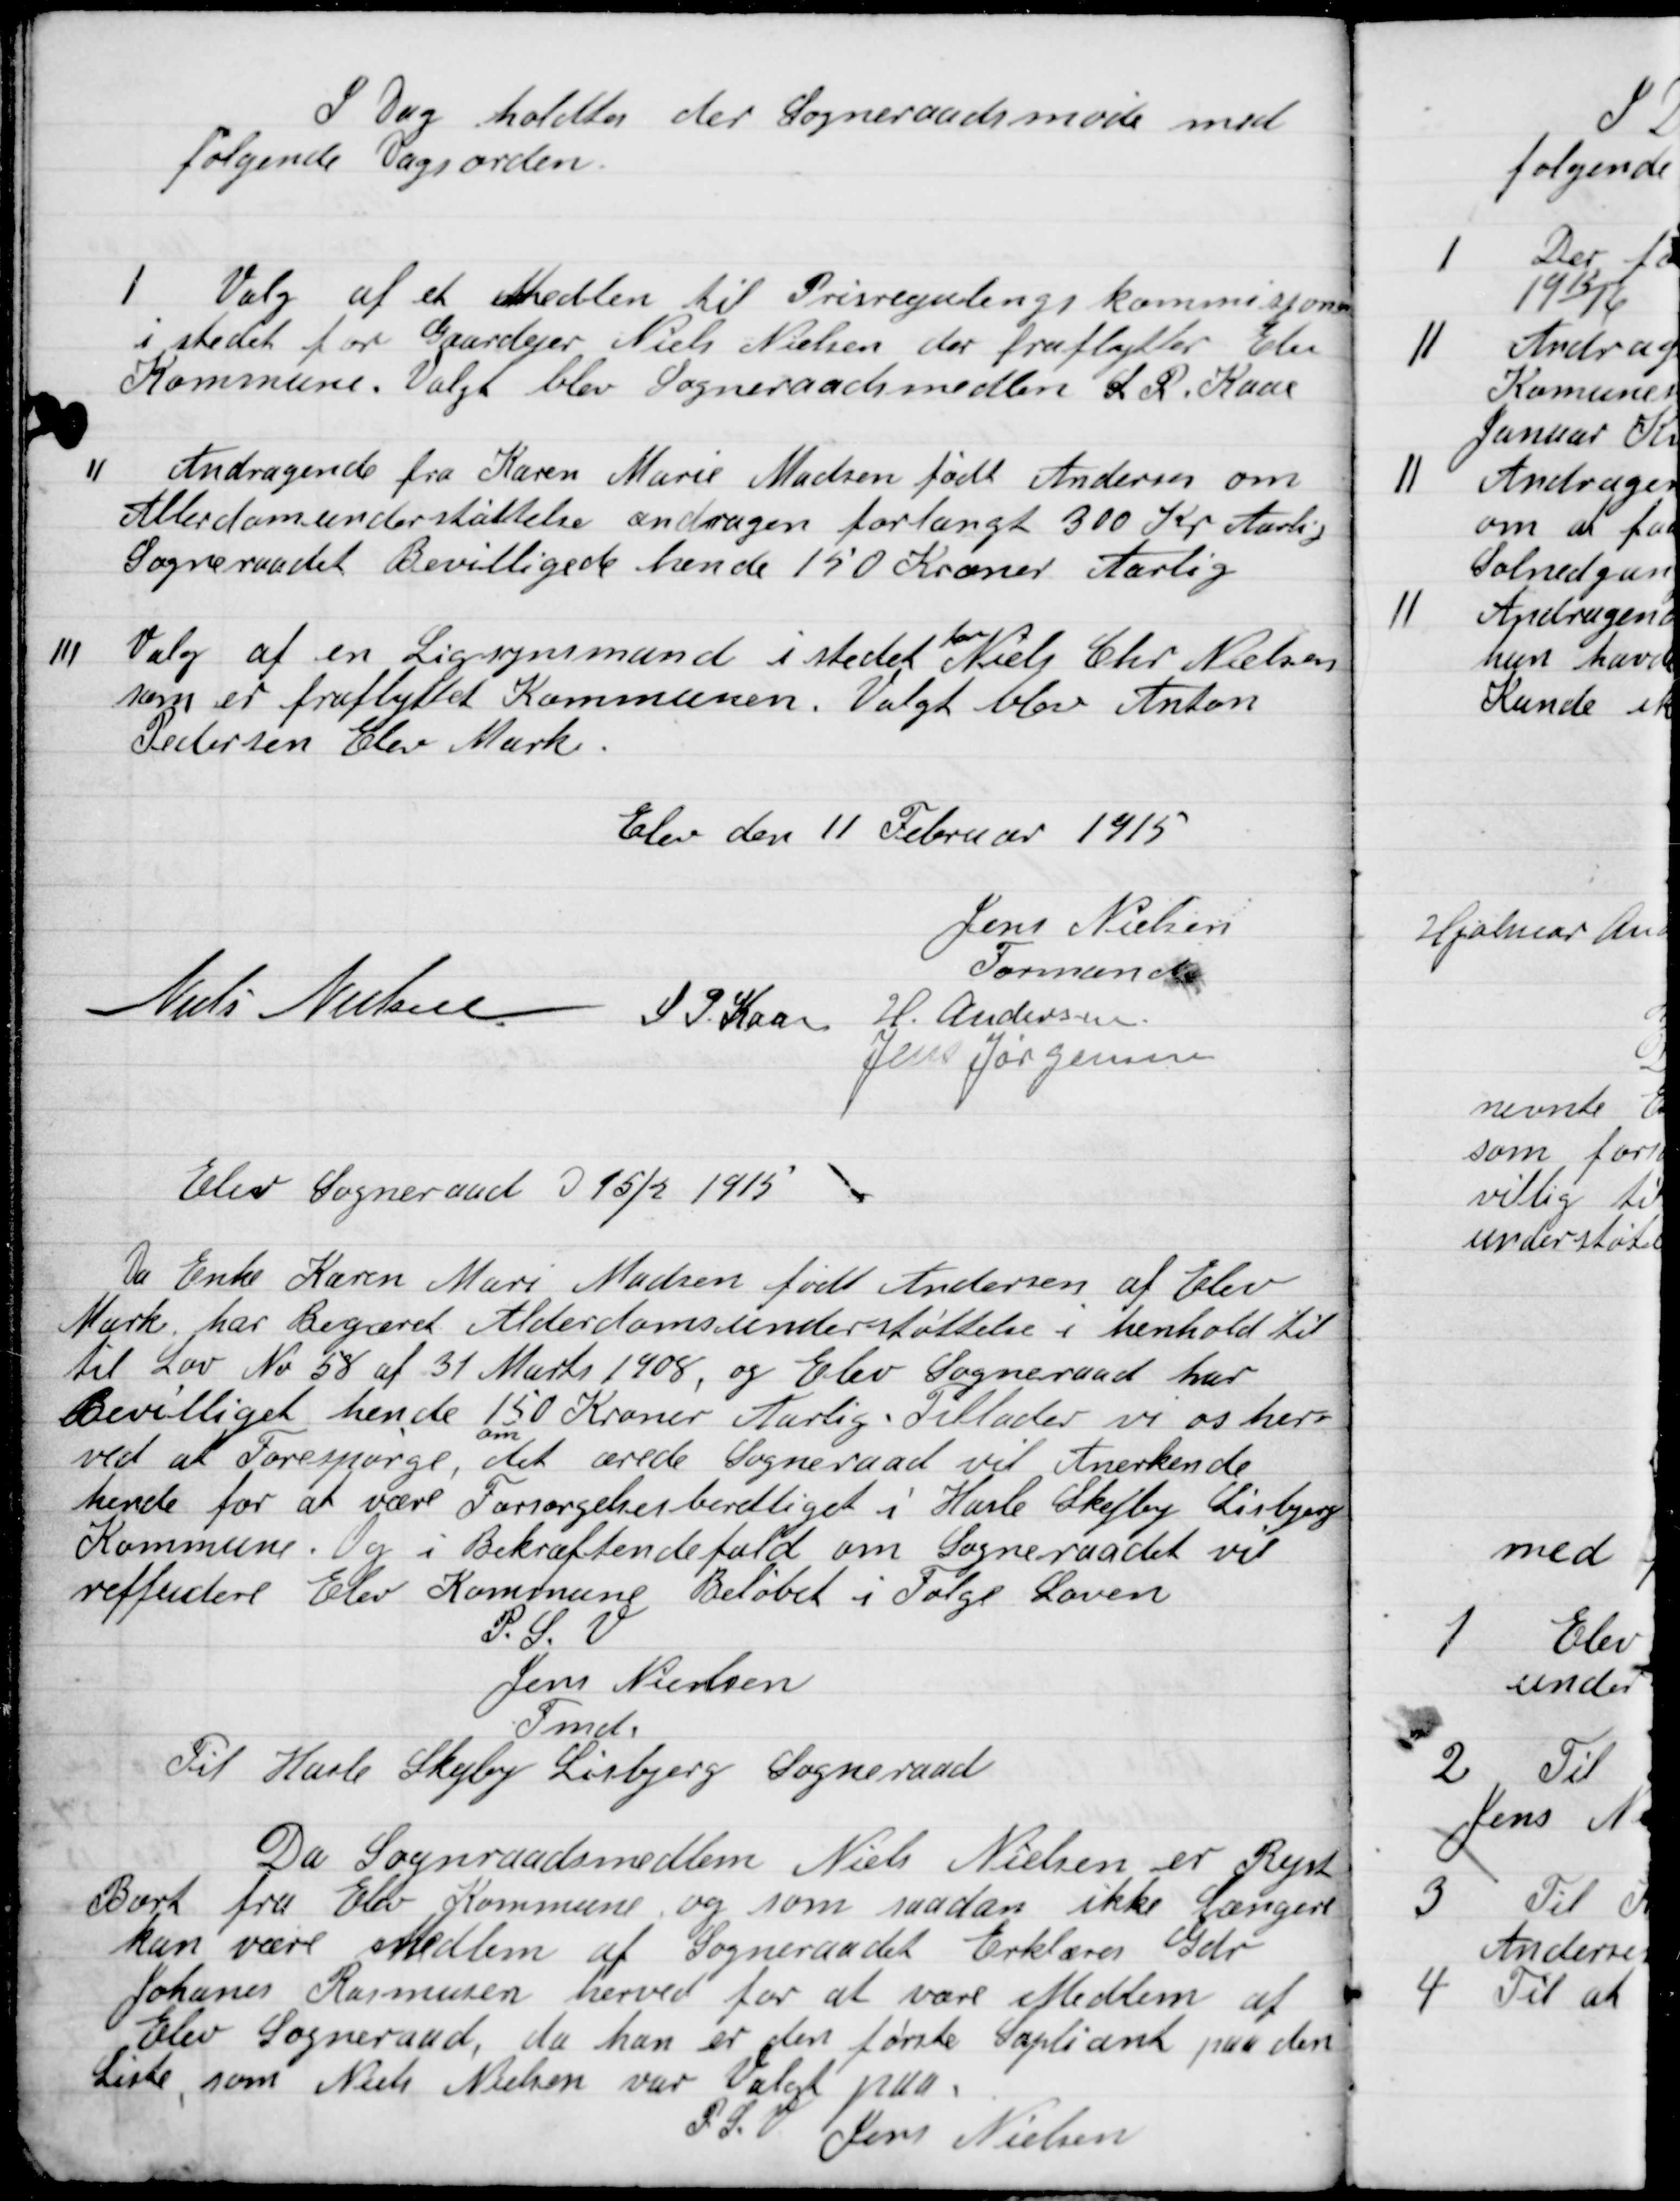
Transskription:
I Dag afholdes der Sogneraadsmøde med
følgende Dagsorden

I

Valg af et Medlem til Prisregulering kommissionen
I stedet for Gaardejer Niels Nielsen der fraflytter Elev
Kommunen. Valgt blev Sogneraadsmedlem L. R. Kaas

II

Andragende fra Karen Marie Madsen født Andersen om
Alderdomsunderstøttelse andragen forlangt 300 Kr. Aarlig
Sogneraadet Bevilgedes hende 150 Kroner Aarlig

III

Valg af en Ligsynsmand i stedet
for
Niels Chr. Nielsen
som er fraflyttet Kommunen. Valget blev Anton
Pedersen Elev Mark.

Elev den 11 Februar 1915

Jens Nielsen
Formand
Jens Nielsen
S.P. Kaas
H. Andersen
Jens Jørgensen

Elev Sogneraad D. 15/2 1915
Da Enke Karen Marie Madsen født Andersen af Elev
Mark har Begæred Alderdomsunderstøttelse i henhold til
til Lov No. 58 af 31 Marts 1908, og Elev Sogneraad har
Bevilliget hende 150 Kroner Aarlig. Tillader vi os her-
ved at Forespørge,
om
det ærede Sogneraad vil Anerkende
hende for at være Forsørgelsesberettiget i Hasle Skejby Lisbjerg
Kommune. Og i Bekræftende fald om Sogneraadet vil
refundere Elev Kommune Beløbet ifølge Loven.
P.S.V.
Jens Nielsen
Fmd.
Til Hasle Skejby Lisbjerg Sogneraad

Da Sogneraadsmedlem Niels Nielsen er Rejst
Bort fra Elev Kommune og som saadan ikke Længere
kan være Medlem af Sogneraadet Erklærer Gdr.
Johanes Rasmussen herved for at være Medlem af
Elev Sogneraad, da han er den første Suppleant paa den
Liste, som Niels Nielsen var valgt paa.
P.S.V. Jens Nielsen